Annual report of the Punjab Veterinary College and of the Civil Veterinary Department, Punjab - 1894-1908
Year: 1894
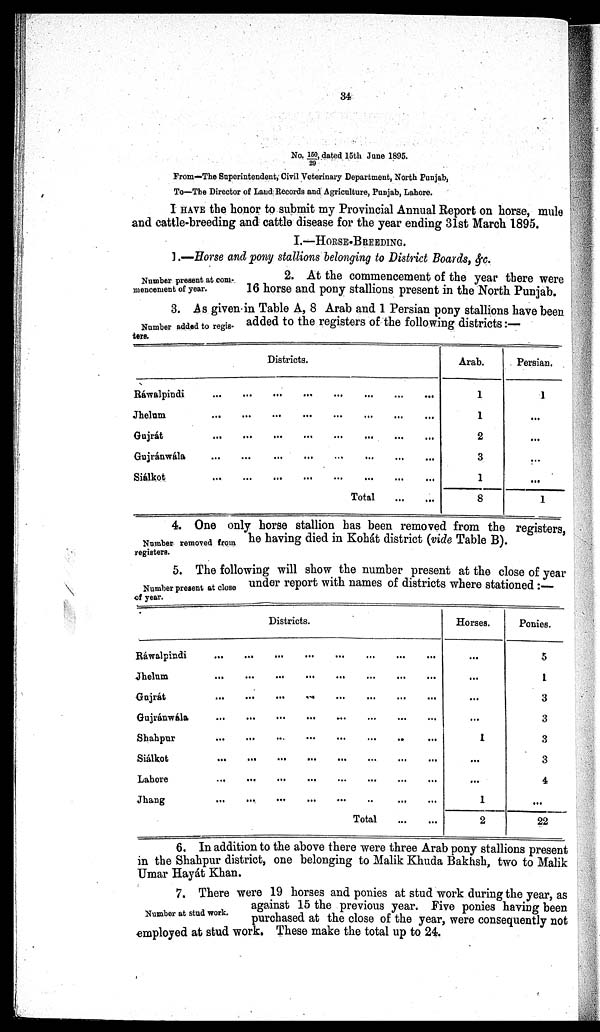
34
No. 150/29, dated 15th June 1895.
From—The Superintendent, Civil Veterinary Department, North Punjab,
To—The Director of Land Records and Agriculture, Punjab, Lahore.
I HAVE the honor to submit my Provincial Annual Report on horse, mule
and cattle-breeding and cattle disease for the year ending 31st March 1895.
I.—HORSE-BREEDING.
1.—Horse and pony stallions belonging to District Boards, &c.
Number present at com-
mencement of year.
2. At the commencement of the year there were
16 horse and pony stallions present in the North Punjab.
Number added to regis-
ters.
3. As given in Table A, 8 Arab and 1 Persian pony stallions have been
added to the registers of the following districts:—
Districts.
Ráwalpindi ... ... ... ... ... ... ... ...
Jhelum ... ... ... ... ... ... ... ...
Gujrát ... ... ... ... ... ... ... ...
Gujránwála ... ... ... ... ... ... ... ...
Siálkot ... ... ... ... ... ... ... ...
Total
...
...
Arab.
1
1
2
3
1
8
Persian.
1
...
...
...
...
1
Number removed from
registers.
4. One only horse stallion has been removed from the registers
he having died in Kohát district (vide Table B).
Number present at close
of year.
5. The following will show the number present at the close of year
under report with names of districts where stationed:-
Districts.
Ráwalpindi ... ... ... ... ... ... ... ... ...
Jhelum ... ... ... ... ... ... ... ... ...
Gajrát ... ... ... ... ... ... ... ... ...
Gujránwála ... ... ... ... ... ... ... ... ...
Shahpur ... ... ... ... ... ... ... ... ...
Siálkot ... ... ... ... ... ... ... ... ...
Lahore ... ... ... ... ... ... ... ...
Jhang ... ... ... ... ... ... ... ... ...
Total
...
...
Horses.
...
...
...
...
1
...
...
1
2
Ponies.
5
1
3
3
3
3
4
...
22
6. In addition to the above there were three Arab pony stallions present
in the Shahpur district, one belonging to Malik Khuda Bakhsh, two to Malik
Umar Hayát Khan.
Number at stud work.
7. There were 19 horses and ponies at stud work during the year, as
against 15 the previous year. Five ponies having been
purchased at the close of the year, were consequently not
employed at stud work. These make the total up to 24.